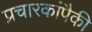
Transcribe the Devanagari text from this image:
प्रचारकांपैकी